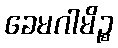
ခေမဂါမိဉ္စ